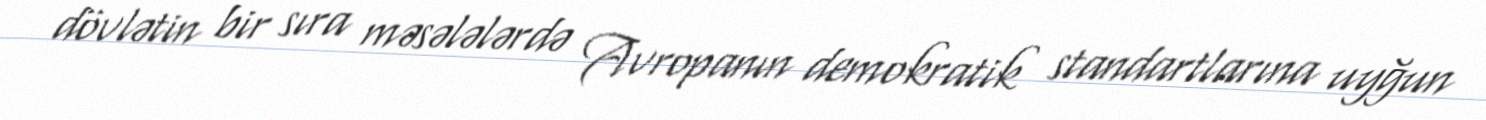
dövlətin bir sıra məsələlərdə Avropanın demokratik standartlarına uyğun